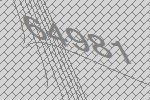
64981